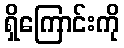
ရှိကြောင်းကို